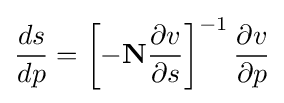
{\dfrac {ds}{dp}}=\left[-{\bf {N}}{\dfrac {\partial v}{\partial s}}\right]^{-1}{\dfrac {\partial v}{\partial p}}